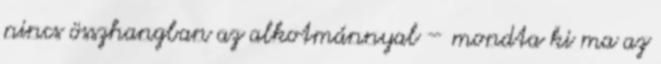
nincs összhangban az alkotmánnyal – mondta ki ma az